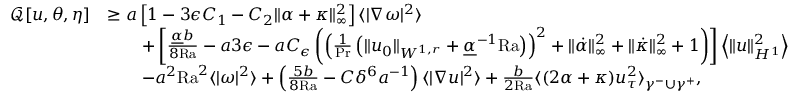
\begin{array} { r l } { \mathcal { Q } [ u , \theta , \eta ] } & { \geq a \left[ 1 - 3 \epsilon C _ { 1 } - C _ { 2 } \| \alpha + \kappa \| _ { \infty } ^ { 2 } \right] \langle | \nabla \omega | ^ { 2 } \rangle } \\ & { \qquad + \left[ \frac { \underline { { \alpha } } b } { 8 \mathrm { { R a } } } - a 3 \epsilon - a C _ { \epsilon } \left( \left( \frac { 1 } { \mathrm { P r } } \left( \| u _ { 0 } \| _ { W ^ { 1 , r } } + \underline { { \alpha } } ^ { - 1 } \mathrm { { R a } } \right) \right) ^ { 2 } + \| \dot { \alpha } \| _ { \infty } ^ { 2 } + \| \dot { \kappa } \| _ { \infty } ^ { 2 } + 1 \right) \right] \left\langle \| u \| _ { H ^ { 1 } } ^ { 2 } \right\rangle } \\ & { \qquad - a ^ { 2 } { \mathrm { R a } } ^ { 2 } \langle | \omega | ^ { 2 } \rangle + \left( \frac { 5 b } { 8 \mathrm { { R a } } } - C \delta ^ { 6 } a ^ { - 1 } \right) \langle | \nabla u | ^ { 2 } \rangle + \frac { b } { 2 { \mathrm { R a } } } \langle ( 2 \alpha + \kappa ) u _ { \tau } ^ { 2 } \rangle _ { \gamma ^ { - } \cup \gamma ^ { + } } , } \end{array}